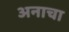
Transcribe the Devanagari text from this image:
अनाचा